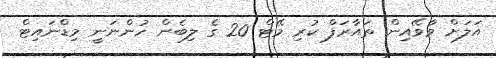
އަލަށް ވާވޭއިން ތައާރަފް ކުރި މޭޓް 20 ގެ ލިބެން ހުންނަނީ މިޑްނައިޓް